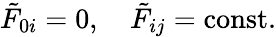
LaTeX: \tilde{F}_{0i}=0,\quad\tilde{F}_{ij}=\mathrm{const.}